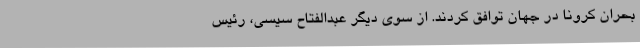
بحران کرونا در جهان توافق کردند. از سوی دیگر عبدالفتاح سیسی، رئیس